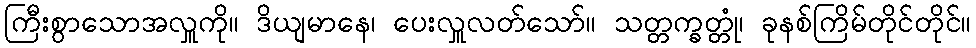
ကြီးစွာသောအလှူကို။ ဒိယျမာနေ၊ ပေးလှူလတ်သော်။ သတ္တက္ခတ္တုံ၊ ခုနစ်ကြိမ်တိုင်တိုင်။